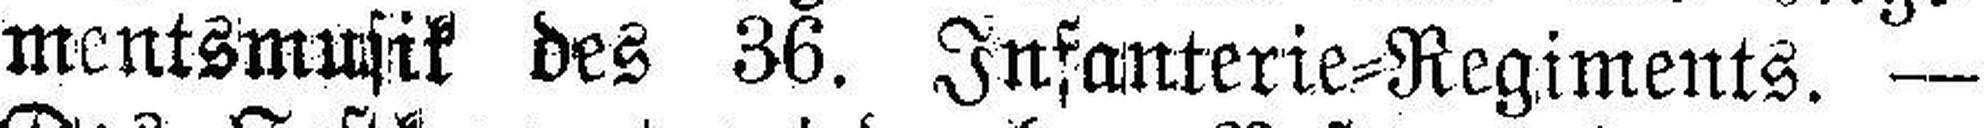
mentsmusik des 36. Infanterie=Regiments. —